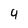
Character: 4